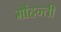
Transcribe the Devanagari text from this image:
मोंहन्ती